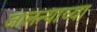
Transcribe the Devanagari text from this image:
जालन्याच्या